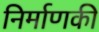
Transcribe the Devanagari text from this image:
निर्माणकी